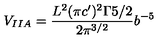
V _ { I I A } = \frac { L ^ { 2 } ( \pi c ^ { \prime } ) ^ { 2 } \Gamma { 5 / 2 } } { 2 \pi ^ { 3 / 2 } } b ^ { - 5 }